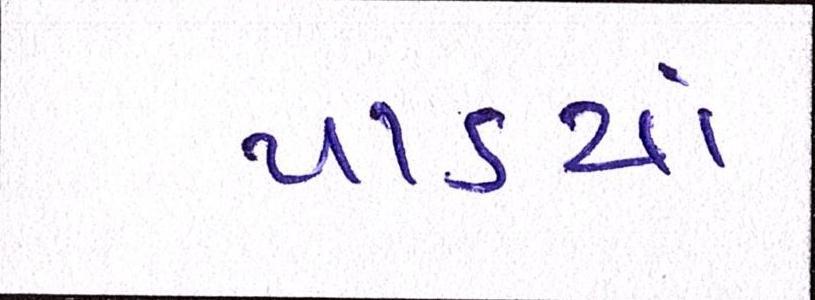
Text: પાડ્યાં